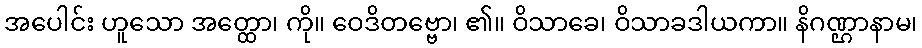
အပေါင်း ဟူသော အတ္ထော၊ ကို။ ဝေဒိတဗ္ဗော၊ ၏။ ဝိသာခေ၊ ဝိသာခဒါယကာ။ နိဂဏ္ဌာနာမ၊